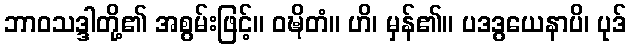
ဘာဝသဒ္ဒါတို့၏ အစွမ်းဖြင့်။ ဝဍ္ဎိတံ။ ဟိ၊ မှန်၏။ ပဒဒွယေနာပိ၊ ပုဒ်